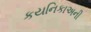
કયનિકાઅની